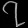
Digit: ၇